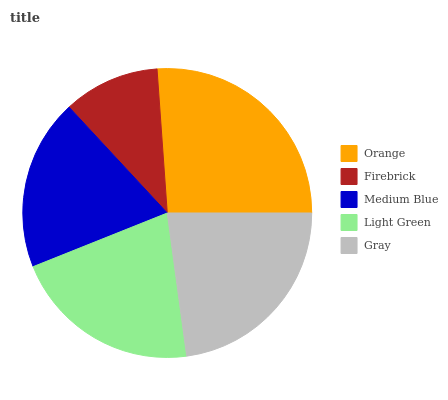
| Orange | Firebrick | Medium Blue | Light Green | Gray |
 | --- | --- | --- | --- | --- |
 | 26.1% | 10.8% | 19.1% | 21.2% | 22.9% |